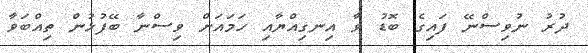
ދުރު ނުވިސްނޭ ފައިގެ ބޮޑު ވާ އިނގިއްޔާއި ހަމައަށް ވިސްނާ ބޭފުޅުން ތިއްބަވާ